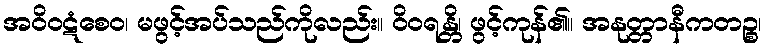
အဝိဝဋံစေဝ၊ မဖွင့်အပ်သည်ကိုလည်း။ ဝိဝရန္တိ၊ ဖွင့်ကုန်၏။ အနုတ္တာနီကတဉ္စ၊